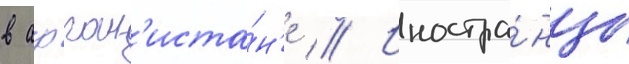
в афган'иста́н'е // Иностра́нцы